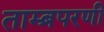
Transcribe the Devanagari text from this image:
ताम्ब्रपरणी